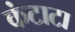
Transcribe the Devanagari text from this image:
कंटाटा